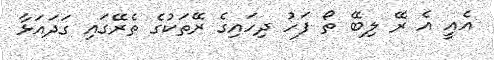
އެއީ އެ ރޭ ލިބޭ ތޯ ފަހު ދިހައިގެ ރޭތަކުގެ ތެރޭގައި ގަދައަޅާ